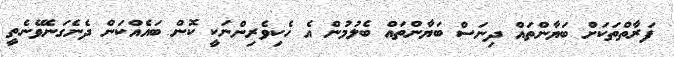
ފަރާތްތަކަށް ބަޔާންތައް ދިނަސް ބަޔާންތައް ބެލުމުން އެ ހެކިވެރިންނަކީ ކޮން ބައެއްކަން ދެނެގަނެވޭނެތީ